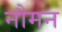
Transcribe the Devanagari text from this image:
नौमन